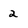
Character: 2